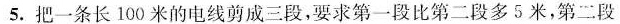
5.把一条长100米的电线剪成三段，要求第一段比第二段多5米，第二段